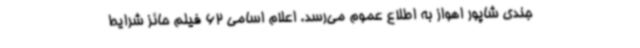
جندی شاپور اهواز به اطلاع عموم می‌رسد. اعلام اسامی 62 فیلم حائز شرایط